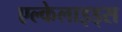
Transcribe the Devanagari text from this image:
एल्केलाइड्स